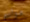
مواسم